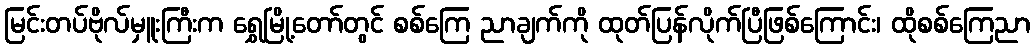
မြင်းတပ်ဗိုလ်မှူးကြီးက ရွှေမြို့တော်တွင် စစ်ကြေ ညာချက်ကို ထုတ်ပြန်လိုက်ပြီဖြစ်ကြောင်း၊ ထိုစစ်ကြေညာ